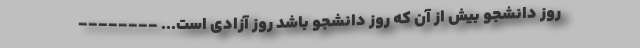
روز دانشجو بیش از آن که روز دانشجو باشد روز آزادی است... --------